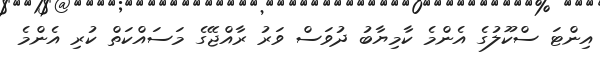
އިންޓަ ސްކޫލުގެ އެންމެ ކާމިޔާބު ދުވަސް ވަރު ރާއްޖޭގެ މަސައްކަތް ކުރި އެންމެ